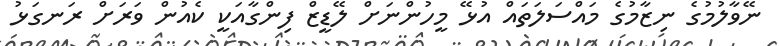
ނޭވާލުމުގެ ނިޒާމުގެ މައްސަލަތައް އުޅޭ މީހުންނަށް ލޭޑީޒް ފިންގާއަކީ ކެއުން ވަރަށް ރަނގަޅު